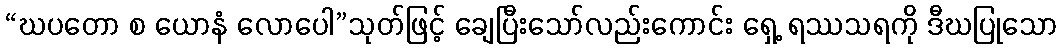
“ဃပတော စ ယောနံ လောပေါ”သုတ်ဖြင့် ချေပြီးသော်လည်းကောင်း ရှေ့ ရဿသရကို ဒီဃပြုသော